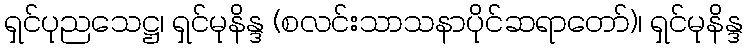
ရှင်ပုညသေဋ္ဌ၊ ရှင်မုနိန္ဒ (စလင်းသာသနာပိုင်ဆရာတော်)၊ ရှင်မုနိန္ဒ